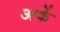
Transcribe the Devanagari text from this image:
अर्के